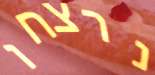
נרצחו